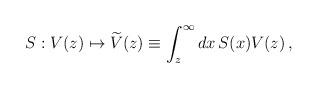
LaTeX: \begin{align*} S:V(z)\mapsto\widetilde{V}(z)\equiv \int_z^\infty dx\, S(x) V(z)\,,\end{align*}